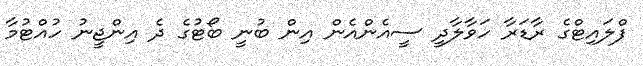
ފްލައިޓްގެ ރާޑަރާ ހަވާލާދީ ސީއެންއެން އިން ބުނީ ބޯޓުގެ ދެ އިންޖީނު ހުއްޓުމާ